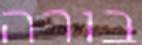
בורה